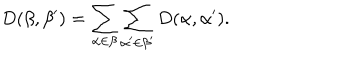
D ( \beta , \beta ^ { \prime } ) = \sum _ { \alpha \in \beta } \sum _ { \alpha ^ { \prime } \in \beta ^ { \prime } } D ( \alpha , \alpha ^ { \prime } ) .